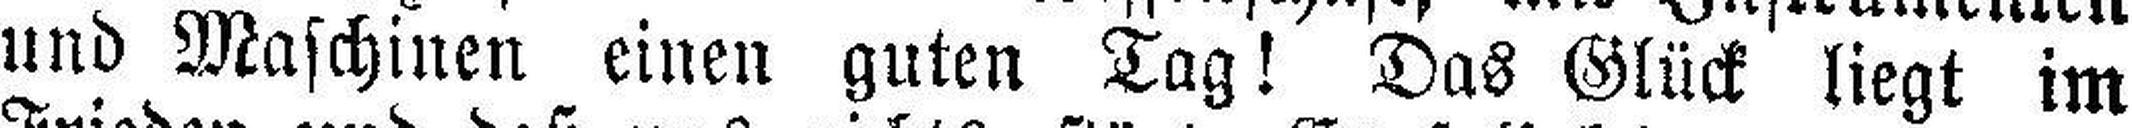
und Maschinen einen guten Tag! Das Glück liegt im